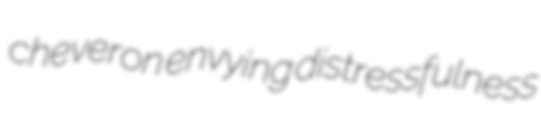
cheveron envying distressfulness